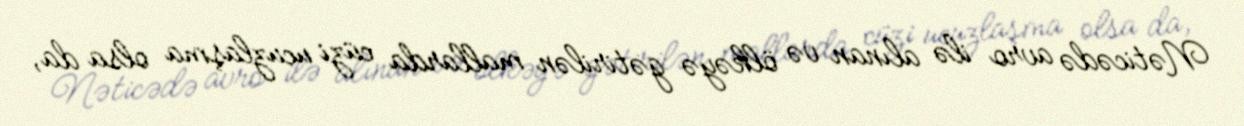
Nəticədə avro ilə alınan və ölkəyə gətirilən mallarda cüzi ucuzlaşma olsa da,